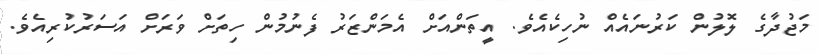
މަޖުދާގެ ލޮލުން ކަރުނައެއް ނުހިކެއެވެ. އީތަންއަށް އެމަންޒަރު ފެނުމުން ހިތަށް ވަރަށް އަސަރުކުރިއެވެ.